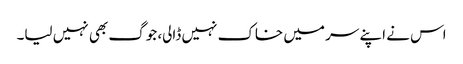
اس نے اپنے سر میں خاک نہیں ڈالی، جوگ بھی نہیں لیا۔